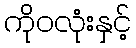
ကိုဝလုံးနှင့်